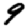
Digit: 9